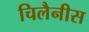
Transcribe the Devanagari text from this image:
चिलैनीस